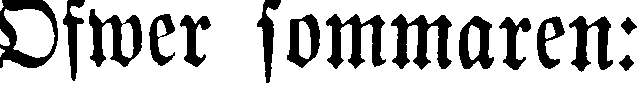
Ofwer sommaren: